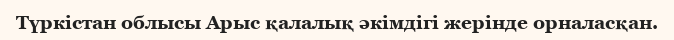
Түркістан облысы Арыс қалалық әкімдігі жерінде орналасқан.